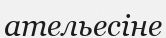
ательесіне